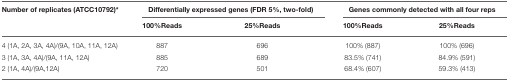
<table><thead><tr><td><b>Number of replicates (ATCC10792)<sup>*</sup></b></td><td colspan="2"><b>Differentially expressed genes (FDR 5%, two-fold)</b></td><td colspan="2"><b>Genes commonly detected with all four reps</b></td></tr><tr><td></td><td><b>100%Reads</b></td><td><b>25%Reads</b></td><td><b>100%Reads</b></td><td><b>25%Reads</b></td></tr></thead><tbody><tr><td>4 (1A, 2A, 3A, 4A)/(9A, 10A, 11A, 12A)</td><td>887</td><td>696</td><td>100% (887)</td><td>100% (696)</td></tr><tr><td>3 (1A, 3A, 4A)/(9A, 11A, 12A)</td><td>885</td><td>689</td><td>83.5% (741)</td><td>84.9% (591)</td></tr><tr><td>2 (1A, 4A)/(9A,12A)</td><td>720</td><td>501</td><td>68.4% (607)</td><td>59.3% (413)</td></tr></tbody></table>